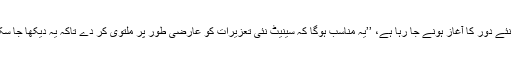
وائٹ ہاؤس کے ترجمان جے کارنی نے کہا ہے کہ جب کہ جنیوا میں مذاکرات کے نئے دور کا آغاز ہونے جا رہا ہے، ’’یہ مناسب ہوگا کہ سینیٹ نئی تعزیرات کو عارضی طور پر ملتوی کر دے تاکہ یہ دیکھا جا سکے کہ آیا یہ مذاکرات آگے بڑھ سکتے ہیں اور ان میں پیش رفت ممکن ہے (یا نہیں)۔